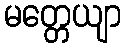
မတ္တေယျာ